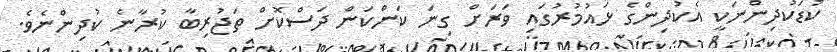
ކުޑަކުދިންނަކީ އެކުދިންގެ ޅައުމުރުގައި ވަރަށް ގިނަ ކަންކަން ދަސްކޮށް ތަޖުރިބާ ކުރާނެ ކުދިންނެވެ.